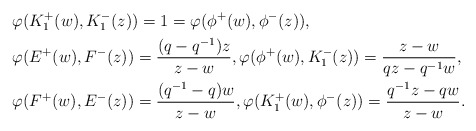
\begin{align*}& \varphi(K_1^+(w), K_1^-(z)) = 1 = \varphi(\phi^+(w), \phi^-(z)), \\& \varphi(E^+(w), F^-(z)) = \frac{(q-q^{-1})z}{z-w}, \varphi(\phi^+(w), K_1^-(z)) = \frac{z-w}{qz-q^{-1}w}, \\& \varphi(F^+(w), E^-(z)) = \frac{(q^{-1}-q)w}{z-w}, \varphi(K_1^+(w), \phi^-(z)) = \frac{q^{-1}z - qw}{z-w}. \end{align*}